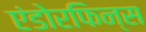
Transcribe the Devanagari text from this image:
एंडोरफिन्स